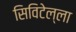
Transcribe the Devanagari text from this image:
सिविटेल्ला